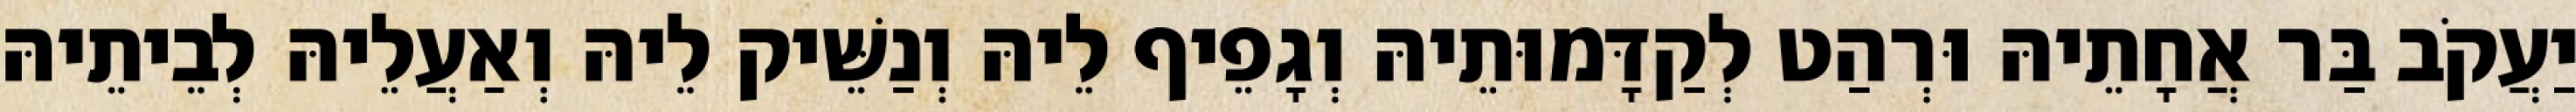
יַעֲקֹב בַּר אֲחָתֵיהּ וּרְהַט לְקַדָּמוּתֵיהּ וְגָפֵיף לֵיהּ וְנַשֵּׁיק לֵיהּ וְאַעֲלֵיהּ לְבֵיתֵיהּ